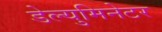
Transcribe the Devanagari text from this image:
डेल्युमिनेटर